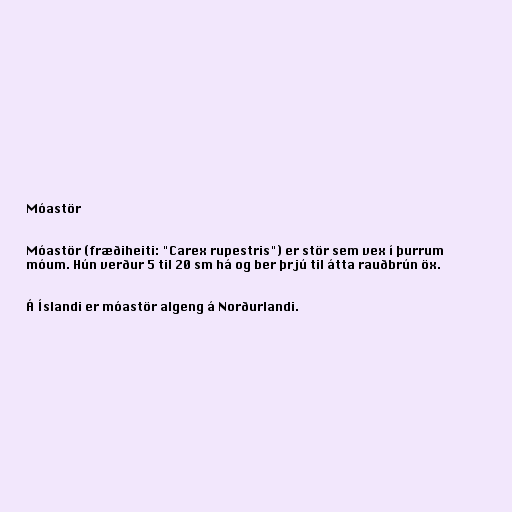
Móastör

Móastör (fræðiheiti: "Carex rupestris") er stör sem vex í þurrum
móum. Hún verður 5 til 20 sm há og ber þrjú til átta rauðbrún öx.

Á Íslandi er móastör algeng á Norðurlandi.